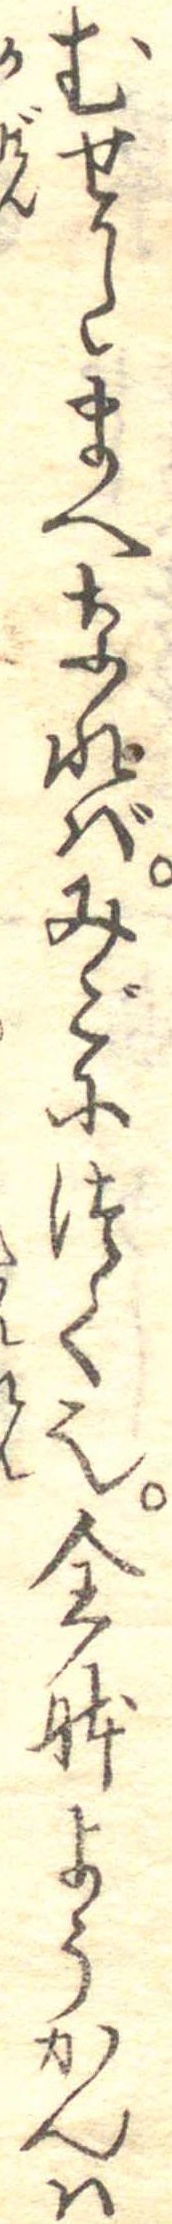
むせかたまへなればみごにつく也全体ようかんは